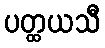
ပတ္ထယသီ